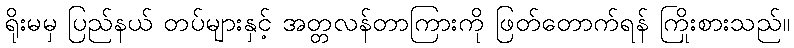
ရိုးမမှ ပြည်နယ် တပ်များနှင့် အတ္တလန်တာကြားကို ဖြတ်တောက်ရန် ကြိုးစားသည်။